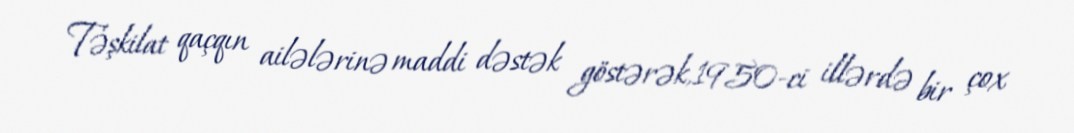
Təşkilat qaçqın ailələrinə maddi dəstək göstərək,1950-ci illərdə bir çox